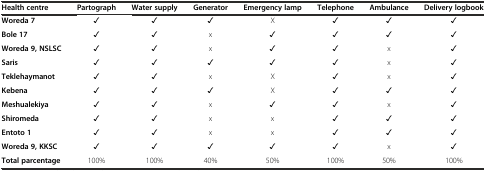
| Health centre | Partograph | Water supply | Generator | Emergency lamp | Telephone | Ambulance | Delivery logbook |
 | --- | --- | --- | --- | --- | --- | --- | --- |
 | Woreda 7 | ✓ | ✓ | ✓ | X | ✓ | ✓ | ✓ |
 | Bole 17 | ✓ | ✓ | x | ✓ | ✓ | ✓ | ✓ |
 | Woreda 9, NSLSC | ✓ | ✓ | x | ✓ | ✓ | x | ✓ |
 | Saris | ✓ | ✓ | ✓ | ✓ | ✓ | x | ✓ |
 | Teklehaymanot | ✓ | ✓ | x | X | ✓ | x | ✓ |
 | Kebena | ✓ | ✓ | ✓ | X | ✓ | ✓ | ✓ |
 | Meshualekiya | ✓ | ✓ | x | ✓ | ✓ | x | ✓ |
 | Shiromeda | ✓ | ✓ | x | x | ✓ | ✓ | ✓ |
 | Entoto 1 | ✓ | ✓ | x | x | ✓ | ✓ | ✓ |
 | Woreda 9, KKSC | ✓ | ✓ | ✓ | ✓ | ✓ | x | ✓ |
 | Total parcentage | 100% | 100% | 40% | 50% | 100% | 50% | 100% |